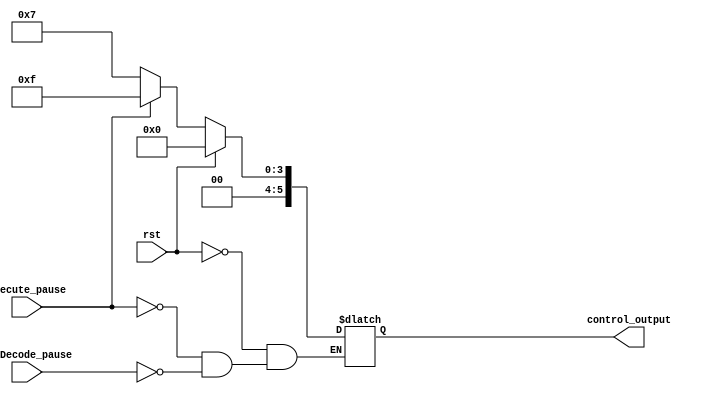
`timescale 1ns / 1ps
//////////////////////////////////////////////////////////////////////////////////
// Company: 
// Engineer: 
// 
// Design Name: 
// Module Name:    control 
// Project Name: 
// Target Devices: 
// Tool versions: 
// Description: 
//
// Dependencies: 
//
// Revision: 
// Revision 0.01 - File Created
// Additional Comments: 
//
//////////////////////////////////////////////////////////////////////////////////
module control(
    /*
    * control_output[5] -> writeback 
    * control_output[4] -> memory
    * control_output[3] -> execute
    * control_output[2] -> insDecode
    * control_output[1] -> insFetch
    * control_output[0] -> PC 
    */ 
    input rst,
    input insDecode_pause,
    input execute_pause,
    output reg[5:0] control_output
    );

    always @ (*) begin
        if(rst == 1) begin
            control_output <= 0;
        end else if(execute_pause == 1)
            control_output <= 6'b001111;
        else if(insDecode_pause == 1)
            control_output <= 6'b000111;
    end

endmodule